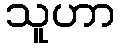
သူဟာ